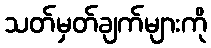
သတ်မှတ်ချက်များကို